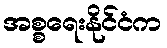
အစ္စရေးနိုင်ငံက